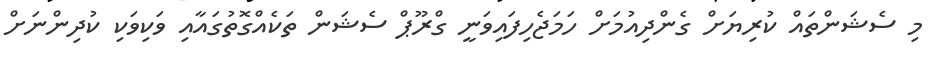
މި ސެޝަންތައް ކުރިޔަށް ގެންދިއުމަށް ހަމަޖެހިފައިވަނީ ގްރޫޕް ސެޝަން ތަކެއްގޮތުގައާއި ވަކިވަކި ކުދިންނަށް